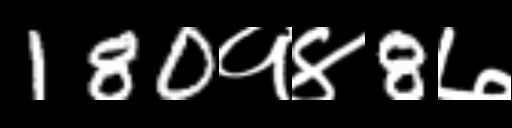
Text: 180१४8७